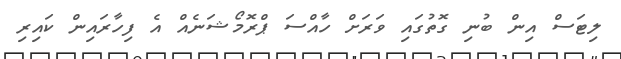
ލިޓަސް އިން ބުނި ގޮތުގައި ވަރަށް ހާއްސަ ޕްރޮމޯޝަނެއް އެ ފިހާރައިން ކައިރި